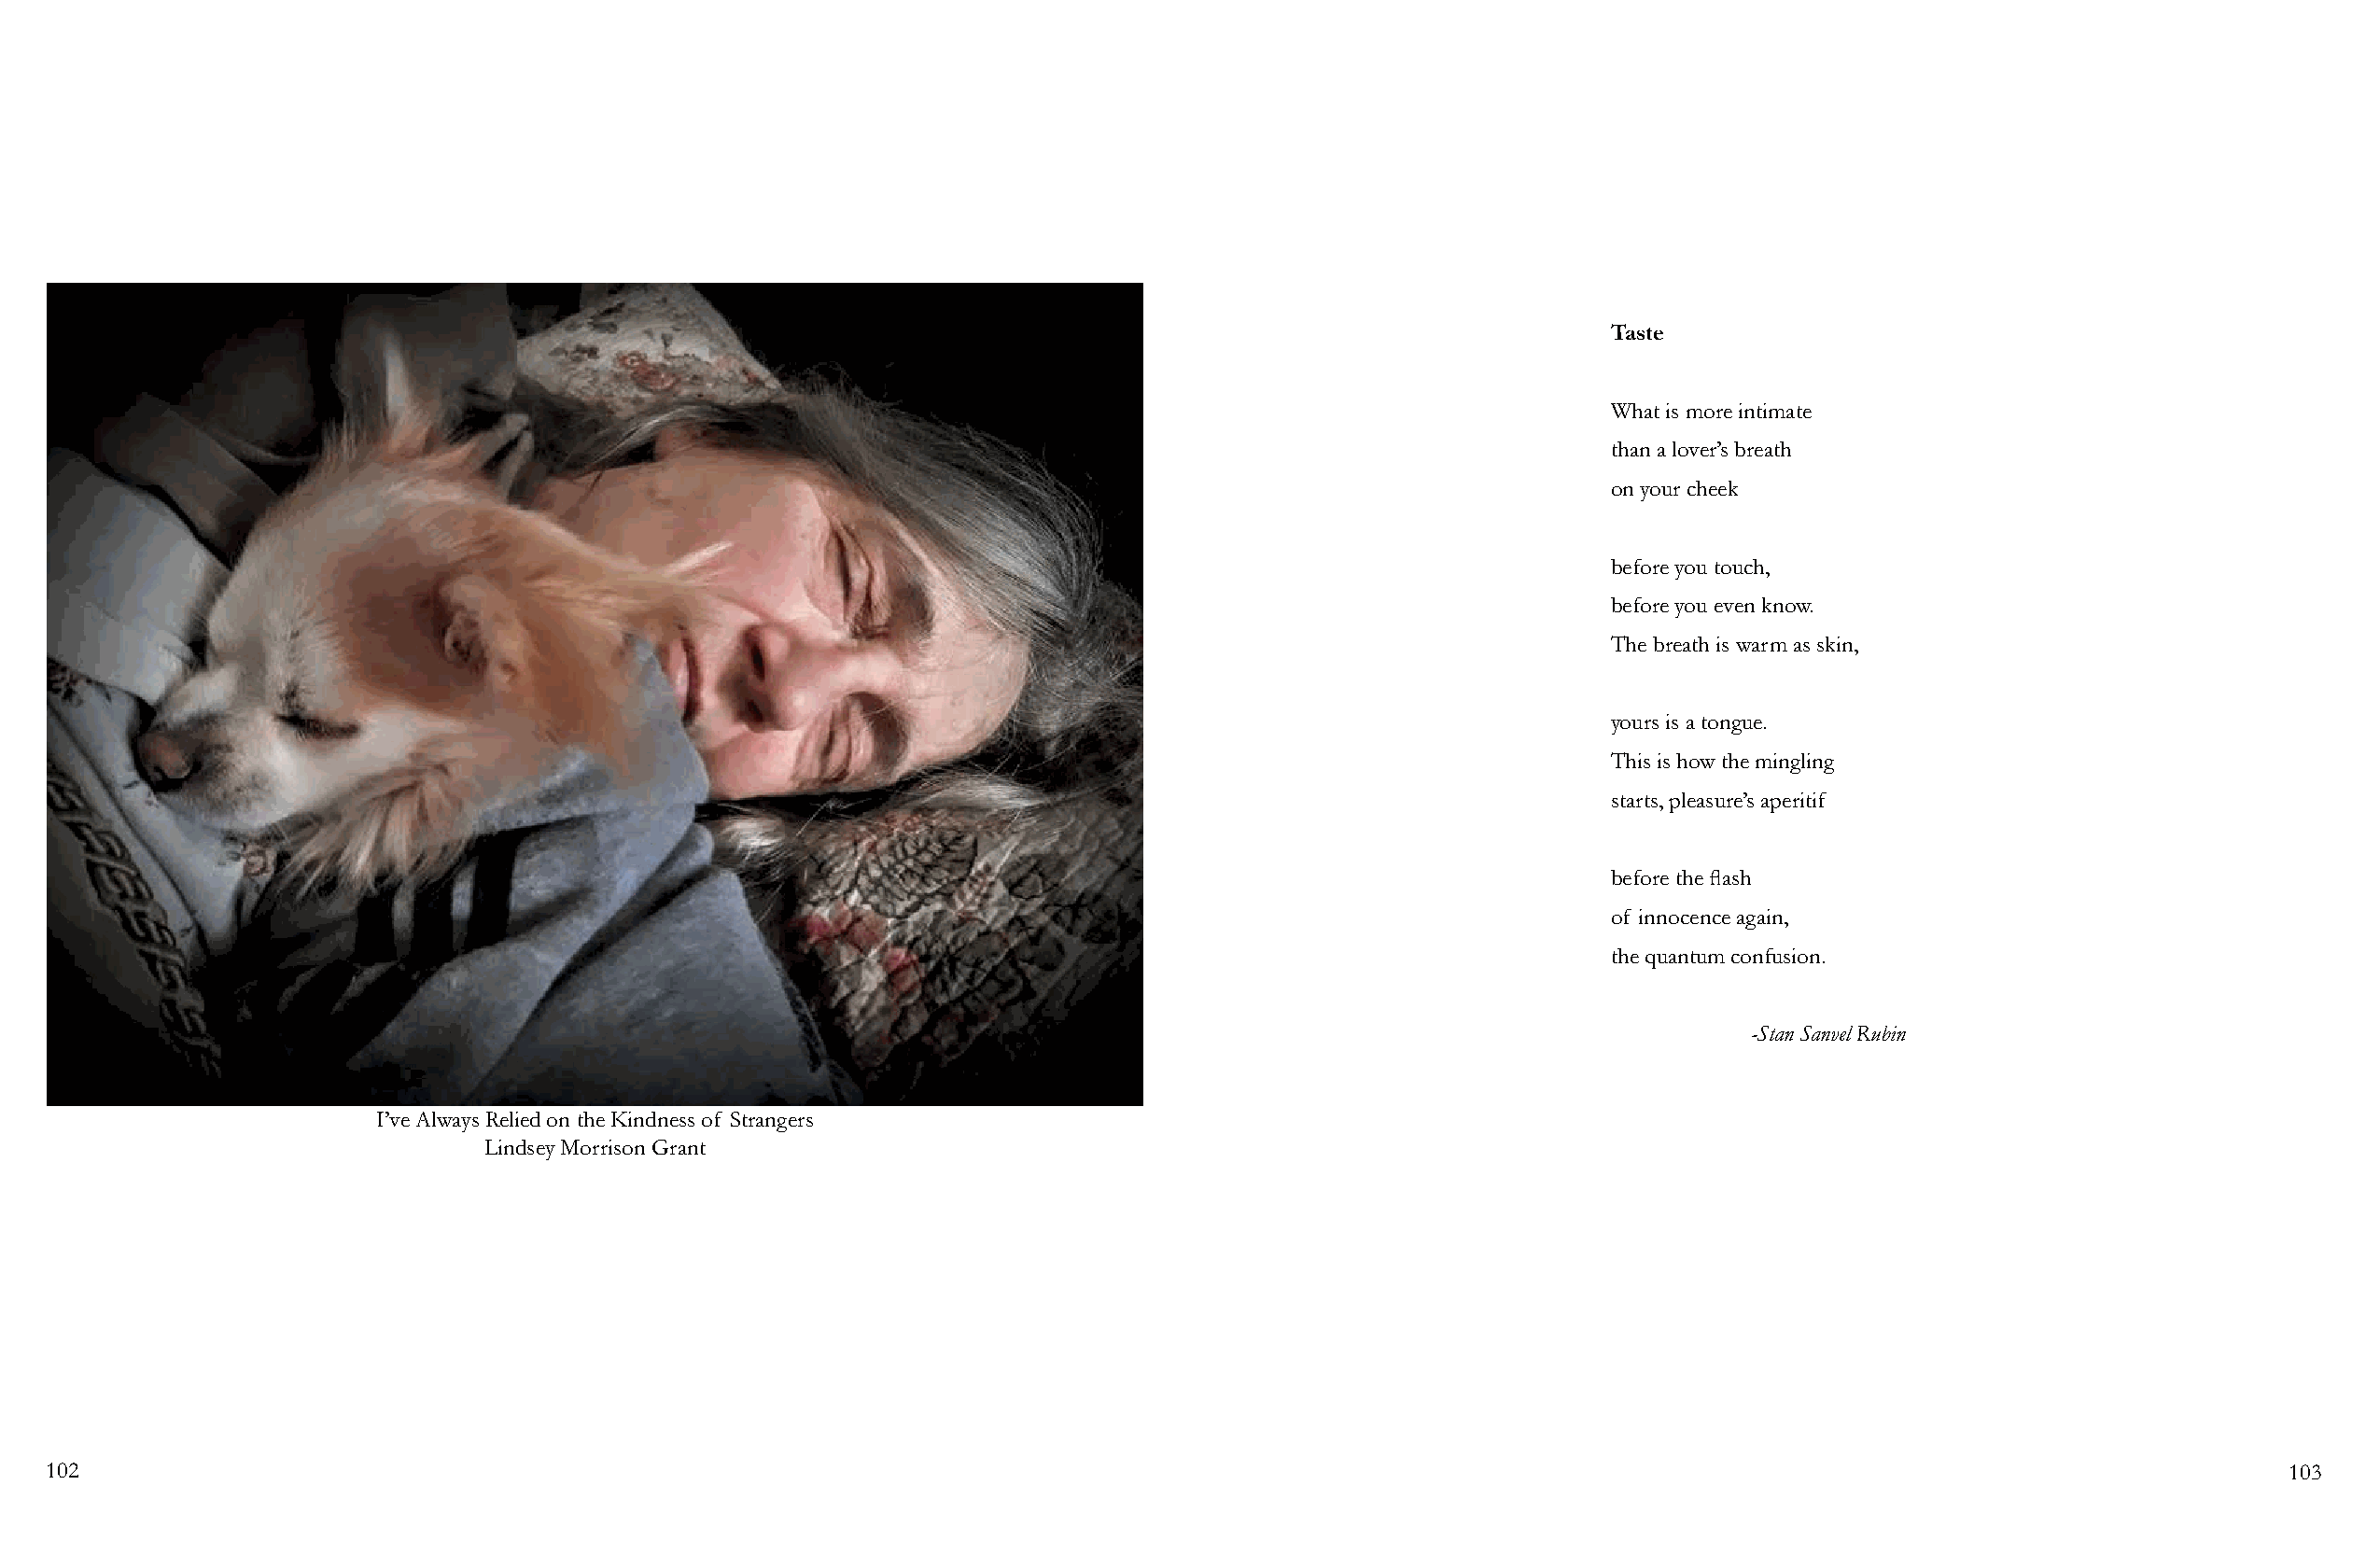
Taste
 What is more intimate
 than a lover’s breath
 on your cheek
 before you touch,
 before you even know.
 The breath is warm as skin,
 yours is a tongue.
 This is how the mingling
 starts, pleasure’s aperitif
 before the flash
 of innocence again,
 the quantum confusion.
 -Stan Sanvel Rubin
 I’ve Always Relied on the Kindness of Strangers
 Lindsey Morrison Grant
 102                                                                                                                                                            103